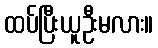
ထပ်ပြီးယူဦးမလား။